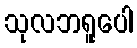
သုလဘရူပေါ